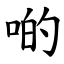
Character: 啲